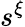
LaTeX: s^{\xi}